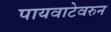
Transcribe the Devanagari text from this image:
पायवाटेवरुन